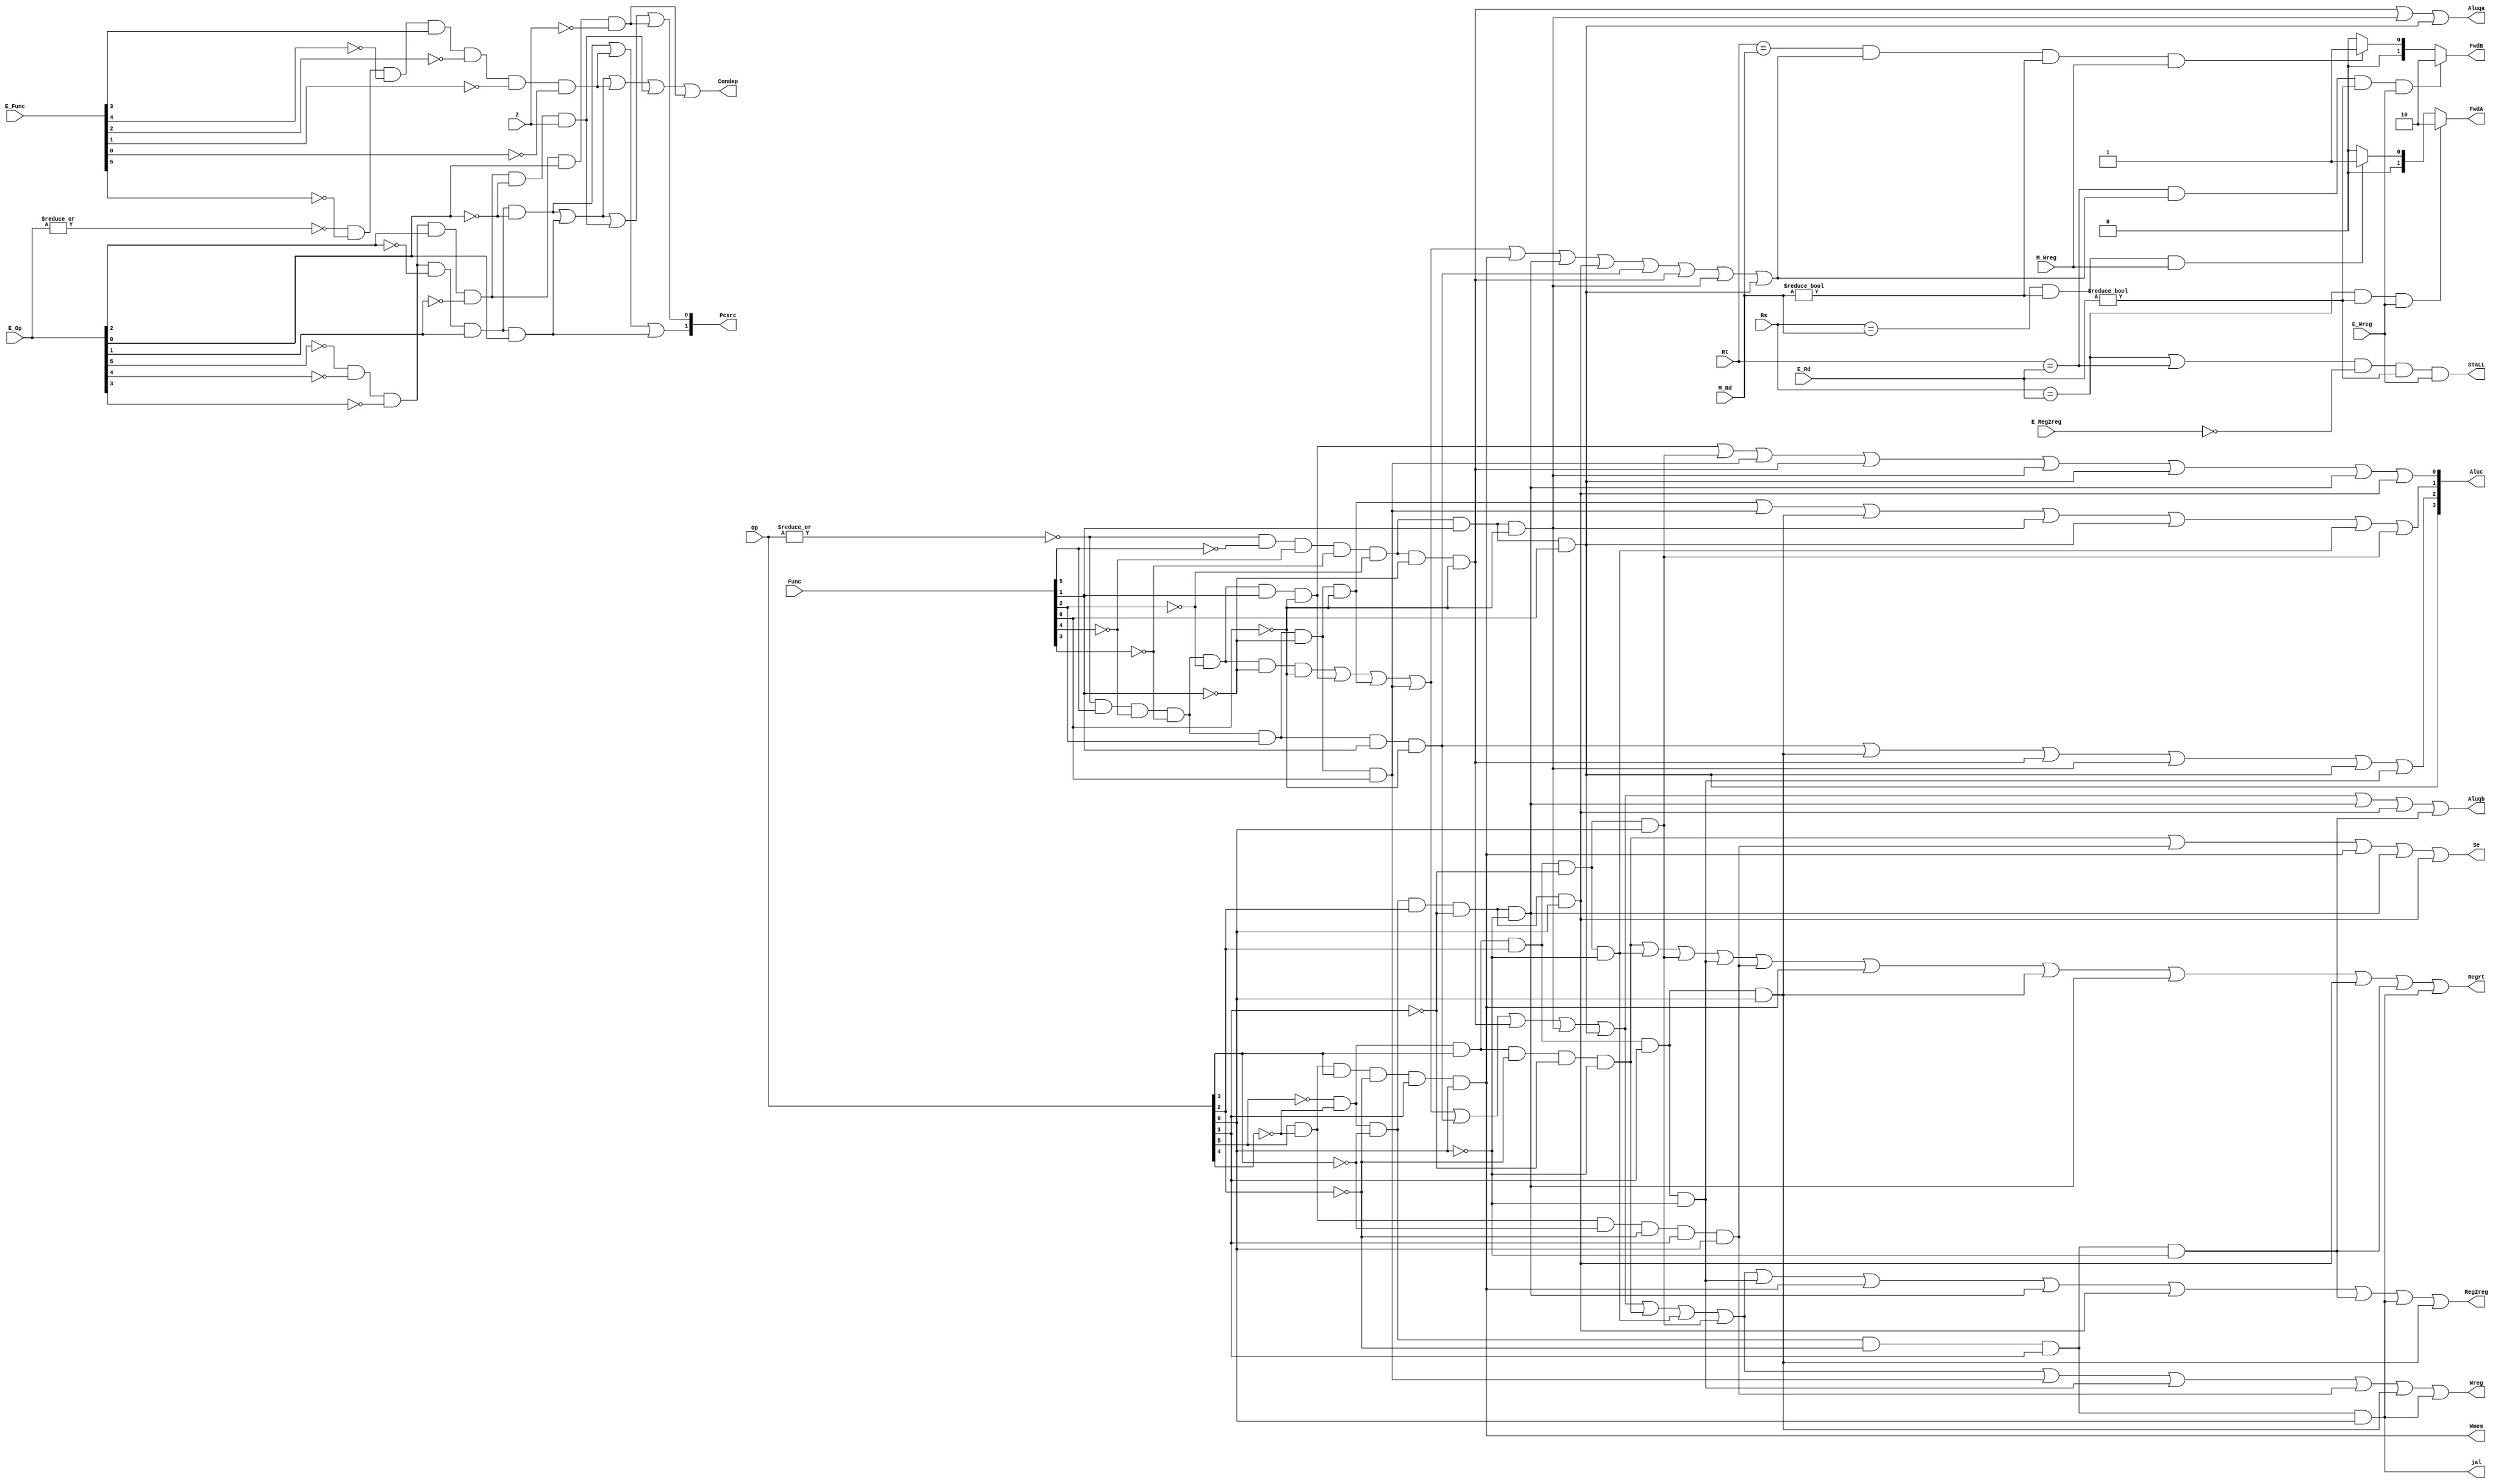
`timescale 1ns / 1ps
//////////////////////////////////////////////////////////////////////////////////
// Company: 
// Engineer: 
// 
// Design Name: 
// Module Name: CONUNIT
// Project Name: 
// Target Devices: 
// Tool Versions: 
// Description: 
// 
// Dependencies: 
// 
// Revision:
// Revision 0.01 - File Created
// Additional Comments:
// 
//////////////////////////////////////////////////////////////////////////////////
module CONUNIT(E_Op,Op,E_Func,Func,Z,Regrt,Se,Wreg,Aluqb,Aluc,Wmem,Pcsrc,Reg2reg,Aluqa,jal,Rs,Rt,E_Rd,M_Rd,E_Wreg,M_Wreg,FwdA,FwdB,E_Reg2reg,STALL,Condep);
    input [5:0]Op,Func,E_Op,E_Func;
    input Z;
    input E_Wreg,M_Wreg,E_Reg2reg;
    input [4:0]E_Rd,M_Rd,Rs,Rt;
    output Regrt,Se,Wreg,Aluqb,Wmem,Reg2reg,STALL,Condep;
    output [1:0]Pcsrc;
    output [3:0]Aluc;
    output Aluqa;
    output jal;
    output reg [1:0]FwdA,FwdB;
    wire R_type=~|Op;
    wire RE_type=~|E_Op;

    //R
    wire I_add=R_type&Func[5]&~Func[4]&~Func[3]&~Func[2]&~Func[1]&~Func[0];
    wire I_sub=R_type&Func[5]&~Func[4]&~Func[3]&~Func[2]&Func[1]&~Func[0];
    wire I_and=R_type&Func[5]&~Func[4]&~Func[3]&Func[2]&~Func[1]&~Func[0];
    wire I_or=R_type&Func[5]&~Func[4]&~Func[3]&Func[2]&~Func[1]&Func[0];
    wire I_xor=R_type&Func[5]&~Func[4]&~Func[3]&Func[2]&Func[1]&~Func[0];
    wire I_sll=R_type&~Func[5]&~Func[4]&~Func[3]&~Func[2]&~Func[1]&~Func[0];
    wire I_srl=R_type&~Func[5]&~Func[4]&~Func[3]&~Func[2]&Func[1]&~Func[0];
    wire I_sra=R_type&~Func[5]&~Func[4]&~Func[3]&~Func[2]&Func[1]&Func[0];
    wire I_jr=R_type&~Func[5]&~Func[4]&Func[3]&~Func[2]&~Func[1]&~Func[0];
    wire E_jr=RE_type&~E_Func[5]&~E_Func[4]&E_Func[3]&~E_Func[2]&~E_Func[1]&~E_Func[0];

    //I
    wire I_addi=~Op[5]&~Op[4]&Op[3]&~Op[2]&~Op[1]&~Op[0];
    wire I_andi=~Op[5]&~Op[4]&Op[3]&Op[2]&~Op[1]&~Op[0];
    wire I_ori=~Op[5]&~Op[4]&Op[3]&Op[2]&~Op[1]&Op[0];
    wire I_xori=~Op[5]&~Op[4]&Op[3]&Op[2]&Op[1]&~Op[0];
    wire I_lw=Op[5]&~Op[4]&~Op[3]&~Op[2]&Op[1]&Op[0];
    wire I_sw=Op[5]&~Op[4]&Op[3]&~Op[2]&Op[1]&Op[0];
    wire I_beq=~Op[5]&~Op[4]&~Op[3]&Op[2]&~Op[1]&~Op[0];
    wire I_bne=~Op[5]&~Op[4]&~Op[3]&Op[2]&~Op[1]&Op[0];
    wire I_lui=~Op[5]&~Op[4]&Op[3]&Op[2]&Op[1]&Op[0];
    wire E_beq=~E_Op[5]&~E_Op[4]&~E_Op[3]&E_Op[2]&~E_Op[1]&~E_Op[0];
    wire E_bne =~E_Op[5]&~E_Op[4]&~E_Op[3]&E_Op[2]&~E_Op[1]&E_Op[0];

    //J
    wire I_j=~Op[5]&~Op[4]&~Op[3]&~Op[2]&Op[1]&~Op[0];
    wire I_jal=~Op[5]&~Op[4]&~Op[3]&~Op[2]&Op[1]&Op[0];
    wire E_j=~E_Op[5]&~E_Op[4]&~E_Op[3]&~E_Op[2]&E_Op[1]&~E_Op[0];
    wire E_jal=~E_Op[5]&~E_Op[4]&~E_Op[3]&~E_Op[2]&E_Op[1]&E_Op[0];

    wire E_Inst = I_add|I_sub|I_and|I_or|I_sw|I_beq|I_bne;
    assign Wreg = I_add|I_sub|I_and|I_or|I_xor|I_sll|I_srl|I_sra|I_addi|I_andi|I_ori|I_or|I_xori|I_lw|I_lui|I_jal;
    assign Regrt = I_addi|I_andi|I_ori|I_xori|I_lw|I_sw|I_lui|I_beq|I_bne|I_j|I_jal;
    assign Reg2reg  = I_add|I_sub|I_and|I_or|I_xor|I_sll|I_srl|I_sra|I_addi|I_andi|I_ori|I_xori|I_sw|I_beq|I_bne|I_j|I_jal|I_lui;
    assign Aluqb = I_add | I_sub | I_and | I_or | I_xor | I_sll | I_srl | I_sra | I_beq | I_bne |I_j;
    assign Se   = I_addi | I_lw | I_sw | I_beq | I_bne;
    assign Aluc[3] = I_sra;
    assign Aluc[2] = I_xor |I_lui | I_sll | I_srl | I_sra |I_xori;
    assign Aluc[1] = I_and | I_or | I_lui | I_srl | I_sra | I_andi | I_ori;
    assign Aluc[0] = I_sub | I_ori | I_or | I_sll | I_srl |I_sra| I_beq | I_bne;
    assign Wmem = I_sw;
    assign Pcsrc[0] = E_jal | E_j | (E_beq&Z) | (E_bne&~Z);
    assign Pcsrc[1] = E_j | E_jr | E_jal;
    assign Aluqa = I_sll | I_srl | I_sra;
    assign jal = I_jal;
    always@(E_Rd,M_Rd,E_Wreg,M_Wreg,Rs,Rt)begin
        FwdA=2'b00;
        if((Rs==E_Rd)&(E_Rd!=0)&(E_Wreg==1))begin
            FwdA=2'b10;
        end else begin
            if((Rs==M_Rd)&(M_Rd!=0)&(M_Wreg==1))begin
                FwdA=2'b01;
            end
        end
    end
    always @(E_Rd,M_Rd,E_Wreg,M_Wreg,Rt,I_add,I_sub,I_and,I_or,I_sw,I_beq,I_bne)begin
        FwdB=2'b00;
        if((Rt==E_Rd)&((I_add==1)|(I_sub==1)|(I_and==1)|(I_or==1)|(I_sw==1)|(I_beq==1)|(I_bne==1)|(I_xor==1)|(I_sll==1)|(I_srl==1)|(I_sra==1))&(E_Rd!=0)&(E_Wreg==1))begin//c
            FwdB=2'b10;
        end else begin
            if((Rt==M_Rd)&((I_add==1)|(I_sub==1)|(I_and==1)|(I_or==1)|(I_sw==1)|(I_beq==1)|(I_bne==1)|(I_xor==1)|(I_sll==1)|(I_srl==1)|(I_sra==1))&(M_Rd!=0)&(M_Wreg==1))begin//d
                FwdB=2'b01;
            end
        end
    end
    assign STALL=((Rs==E_Rd)|(Rt==E_Rd))&(E_Reg2reg==0)&(E_Rd!=0)&(E_Wreg==1);
    assign Condep=(E_j)|(E_jal)|(E_jr)|(E_beq&Z)|(E_bne&~Z);
endmodule